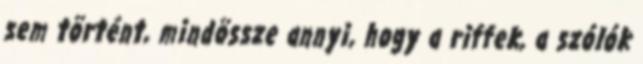
sem történt, mindössze annyi, hogy a riffek, a szólók